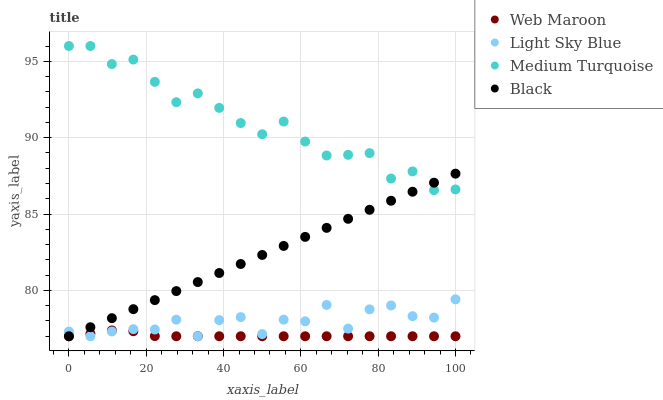
| xaxis_label | Web Maroon | Light Sky Blue | Medium Turquoise | Black |
 | --- | --- | --- | --- | --- |
 | 0 | 77 | 77.3 | 96 | 77 |
 | 5.56 | 77.2 | 77 | 96 | 77.6 |
 | 11.1 | 77.4 | 77.3 | 94.8 | 78.2 |
 | 16.7 | 77.3 | 77.5 | 95.1 | 78.8 |
 | 22.2 | 77 | 77.4 | 93.7 | 79.4 |
 | 27.8 | 77 | 78.1 | 92.3 | 80 |
 | 33.3 | 77 | 77 | 92.9 | 80.5 |
 | 38.9 | 77 | 78.1 | 91.9 | 81.1 |
 | 44.4 | 77 | 78.3 | 91 | 81.7 |
 | 50 | 77 | 77.1 | 90.2 | 82.3 |
 | 55.6 | 77 | 78.1 | 91.1 | 82.9 |
 | 61.1 | 77 | 78 | 89.7 | 83.5 |
 | 66.7 | 77 | 79 | 88.8 | 84.1 |
 | 72.2 | 77 | 77.5 | 88.9 | 84.7 |
 | 77.8 | 77 | 78.8 | 89 | 85.3 |
 | 83.3 | 77 | 79 | 87.3 | 85.9 |
 | 88.9 | 77 | 78.3 | 87.8 | 86.5 |
 | 94.4 | 77 | 78.2 | 86.6 | 87.1 |
 | 100 | 77 | 79.4 | 86.6 | 87.6 |